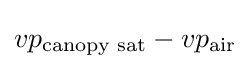
vp_{\text{canopy sat}}-vp_{\text{air}}